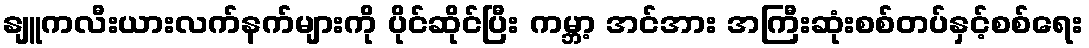
နျူကလီးယားလက်နက်များကို ပိုင်ဆိုင်ပြီး ကမ္ဘာ့ အင်အား အကြီးဆုံးစစ်တပ်နှင့်စစ်ရေး